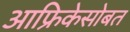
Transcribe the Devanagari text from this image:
आफ्रिकेसोबत